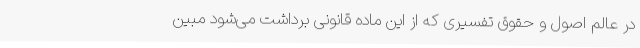
در عالم اصول و حقوق تفسیری که از این ماده قانونی برداشت می‌شود مبین